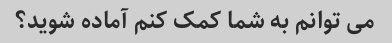
می توانم به شما کمک کنم آماده شوید؟